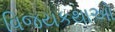
વિજયકથાઓ